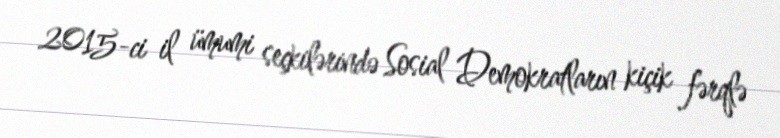
2015-ci il ümumi seçkilərində Sosial Demokratların kiçik fərqlə